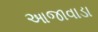
આજાવાડા